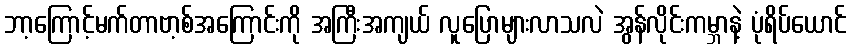
ဘာ့ကြောင့်မက်တာဗာ့စ်အကြောင်းကို အကြီးအကျယ် လူပြောများလာသလဲ အွန်လိုင်းကမ္ဘာနဲ့ ပုံရိပ်ယောင်